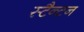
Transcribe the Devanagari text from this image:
स्टैन्टन